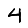
Digit: 4